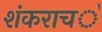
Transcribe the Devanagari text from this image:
शंकराच॓